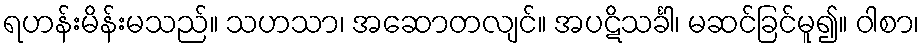
ရဟန်းမိန်းမသည်။ သဟသာ၊ အဆောတလျင်။ အပဋိသင်္ခါ၊ မဆင်ခြင်မူ၍။ ဝါစာ၊